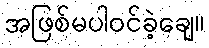
အဖြစ်မပါဝင်ခဲ့ချေ။